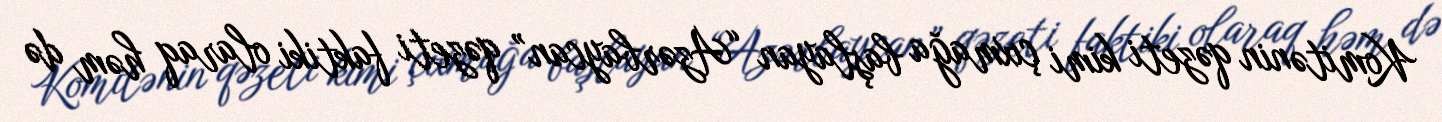
Komitənin qəzeti kimi çıxmağa başlayan “Azərbaycan” qəzeti faktiki olaraq həm də